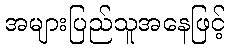
အများပြည်သူအနေဖြင့်